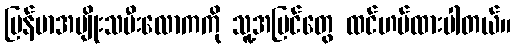
မြန်မာအမျိုးသမီးလောကကို သူ့အမြင်တွေ ထင်ဟပ်ထားပါတယ်။